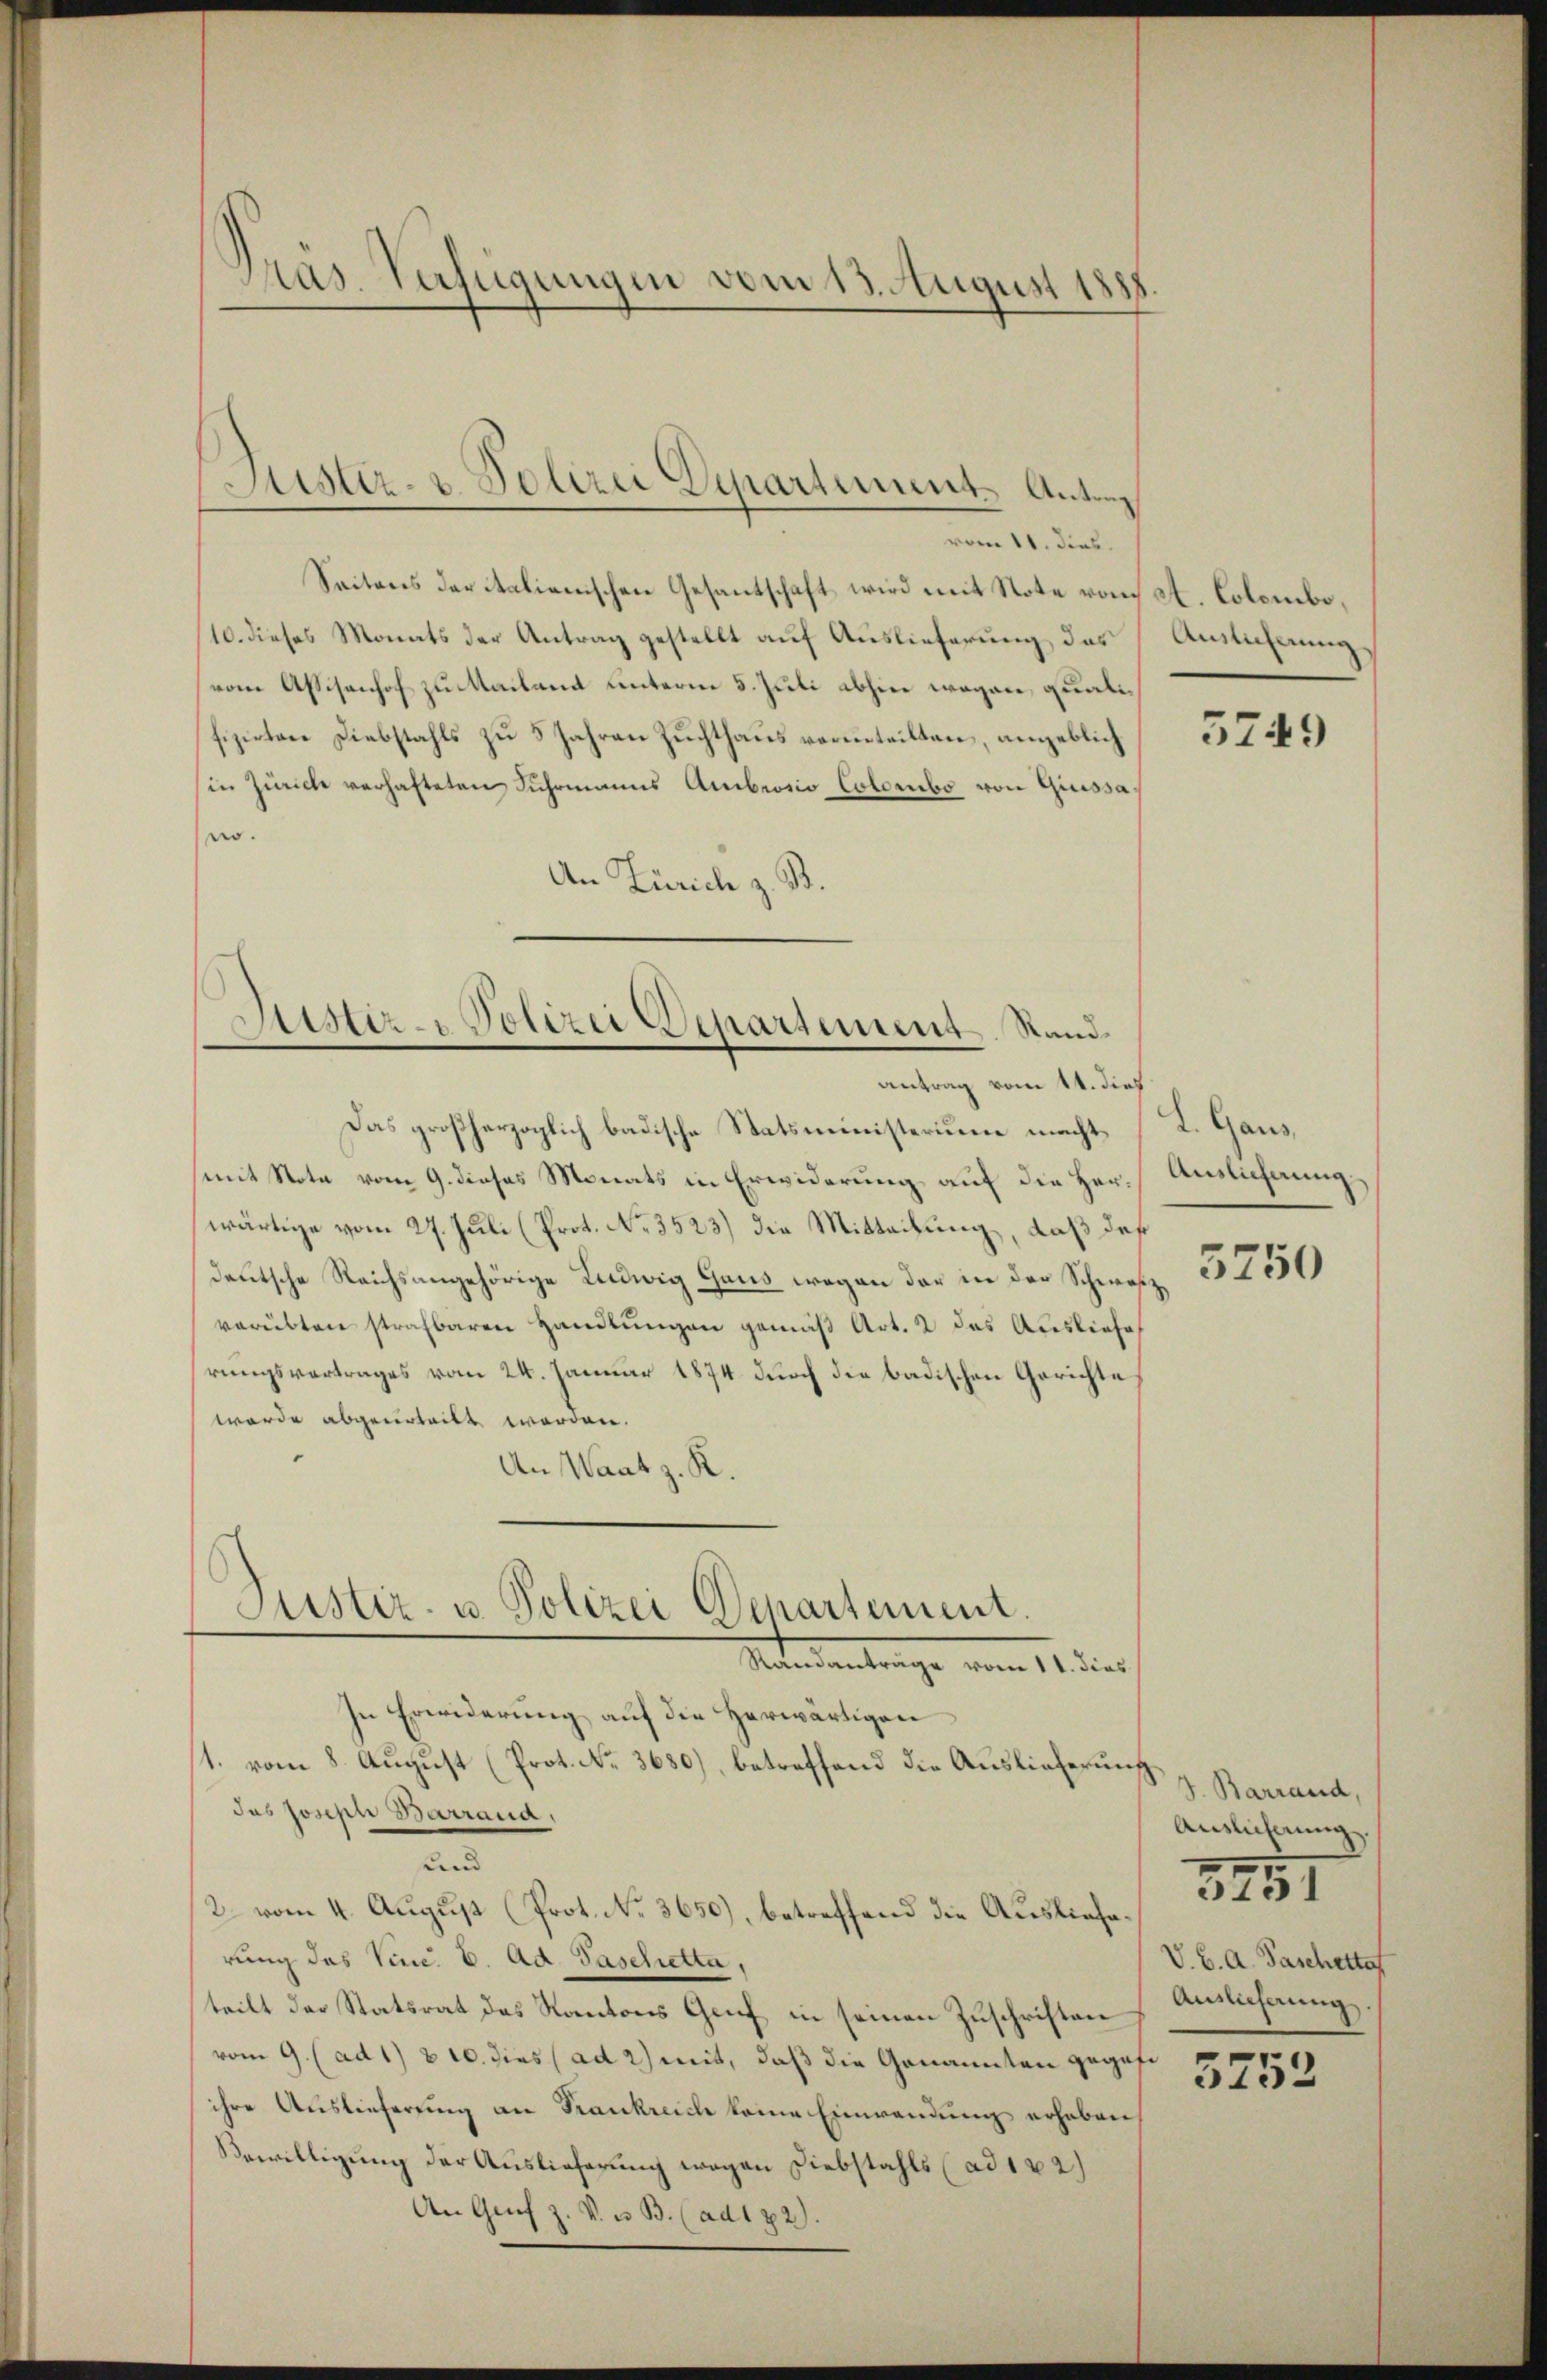
)
Pras. Verfügungen vom 13. August 188

Sistiz- & Polizei Departement Antrag

Seitens der italienischen Gesantschaft wird mit Note von St. Colombe,
10. dieses Monats der Antrag gestellt auf Auslieferung, das
vom Assisenhof zu Mailand unterm 5. Juli abhin wegen, qualifizirtere Diebstahls zu 5 Jahren Zuchthaus verinteilten, angeblich
in Zürich verhafteten Fuhrmanns Ambrosio Colombo von Giuissano.
An Zürich z. B.

Justiz- Polizei Departement. Standantrag vom 11. dieß

Justiz- u. Polizei Departement.
Nater antrage vom 14. dies

vom 11. dies.

Das großherzoglich badische Statsministerium macht [K. Gaus,
mit Note vom 9. dieses Monats in Erwiderung auf die Herr Auslichnung
wärtige vom 27. Juli (Prot. No. 3523) die Mitteilung, daß daß
deutsche Reichsangehörige Ludwig Gaus wegen der in der Schweiz,
verübten strafbaren Handlungen gemäß Art. 2 des Ausliefe
rungsvertrages vom 24. Januar 1874 durch die badischen Gerichte
werde abgeurteilt werden.
An Wart z. R.
In Erwiderung auf die Herwärtigen
1. vom 8. August (Prot. No. 3680), betreffend die Auslieferung z. Barrand,
das Joseph Barrana,
und
2. vom 4. August (Prot. No. 3650), betreffend die Auslieferung des Sine. A. Ad. Paschietta,
teilt der Statsrat des Kantons Genf in seinen Zuschriften
vom 9. (ad 1) v 10. dies (ad 2) mit, daß die Genannten gegebe
ihre Auslieferung an Frankreich keine Einwendung erheben
Bewilligung der Auslieferung wegen Diebstahls (ad 102)
An Genf z. V. u. B. (ad 172).

Auslicherung.

3749

3750

Auslicherung
V. B. A. Paschette
Anslicherung

3251

5252